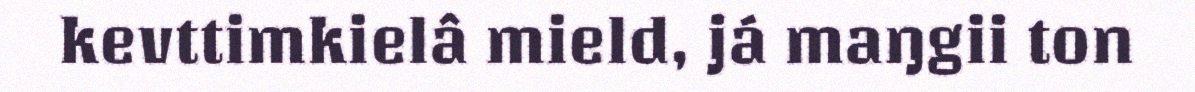
kevttimkielâ mield, já maŋgii ton